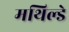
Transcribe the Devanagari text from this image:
मथिल्डे